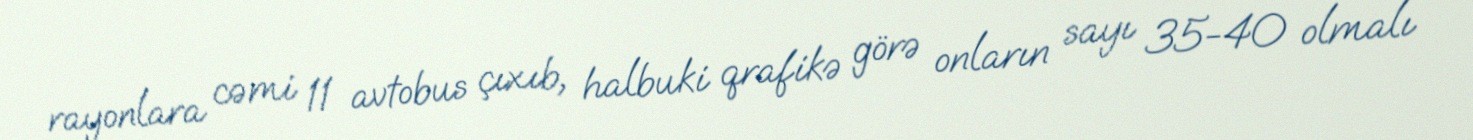
rayonlara cəmi 11 avtobus çıxıb, halbuki qrafikə görə onların sayı 35-40 olmalı